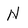
Character: N